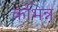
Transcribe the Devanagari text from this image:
कभिन्न